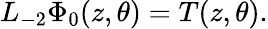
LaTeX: L_{-2}\Phi_{0}(z,\theta)=T(z,\theta).